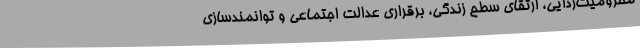
محرومیت‌زدایی، ارتقای سطح زندگی، برقراری عدالت اجتماعی و توانمندسازی